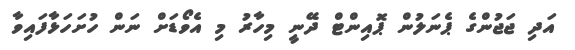
އަދި ޖަޖުންގެ ޕެނަލުން ޕޮއިންޓް ދޭނީ މިހާރު މި އެވޯޑަށް ނަން ހުށަހަޅާފައިވާ